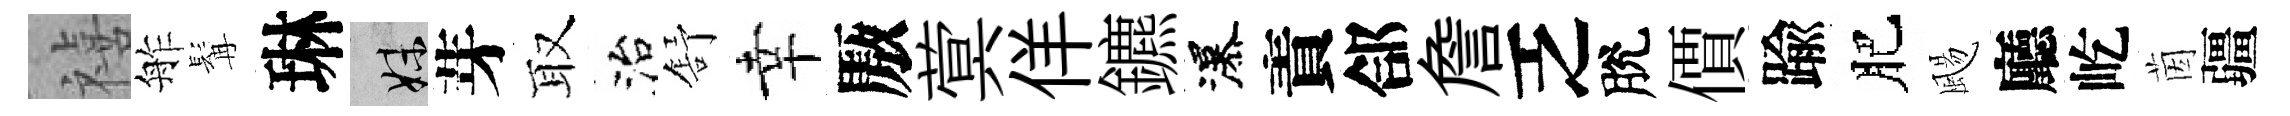
禧舴髯琳妹芽取治舒幸厫蓂佯鑣瀑責郃詹乏脫價踰肥颺廳屹茵疆